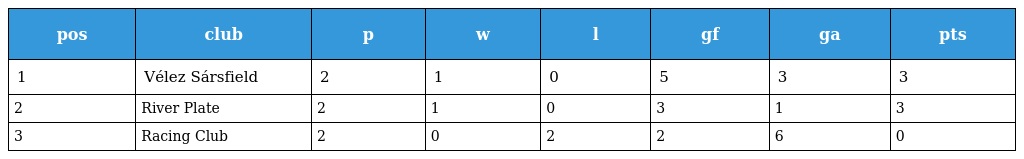
| pos | club | p | w | l | gf | ga | pts |
 | --- | --- | --- | --- | --- | --- | --- | --- |
 | 1 | Vélez Sársfield | 2 | 1 | 0 | 5 | 3 | 3 |
 | 2 | River Plate | 2 | 1 | 0 | 3 | 1 | 3 |
 | 3 | Racing Club | 2 | 0 | 2 | 2 | 6 | 0 |